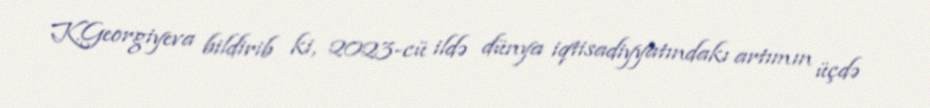
K.Georgiyeva bildirib ki, 2023-cü ildə dünya iqtisadiyyatındakı artımın üçdə